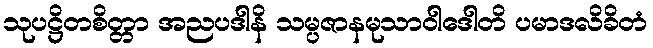
သုပဋ္ဌိတစိတ္တာ အညပဒါနိ သမ္ပဇာနမုသာဝါဒေါတိ ပမာဒလိခိတံ